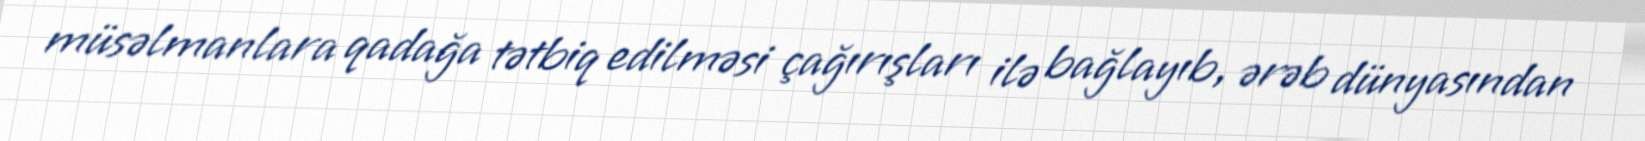
müsəlmanlara qadağa tətbiq edilməsi çağırışları ilə bağlayıb, ərəb dünyasından